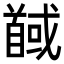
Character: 馘